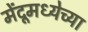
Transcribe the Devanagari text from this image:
मेंदूमध्येच्या